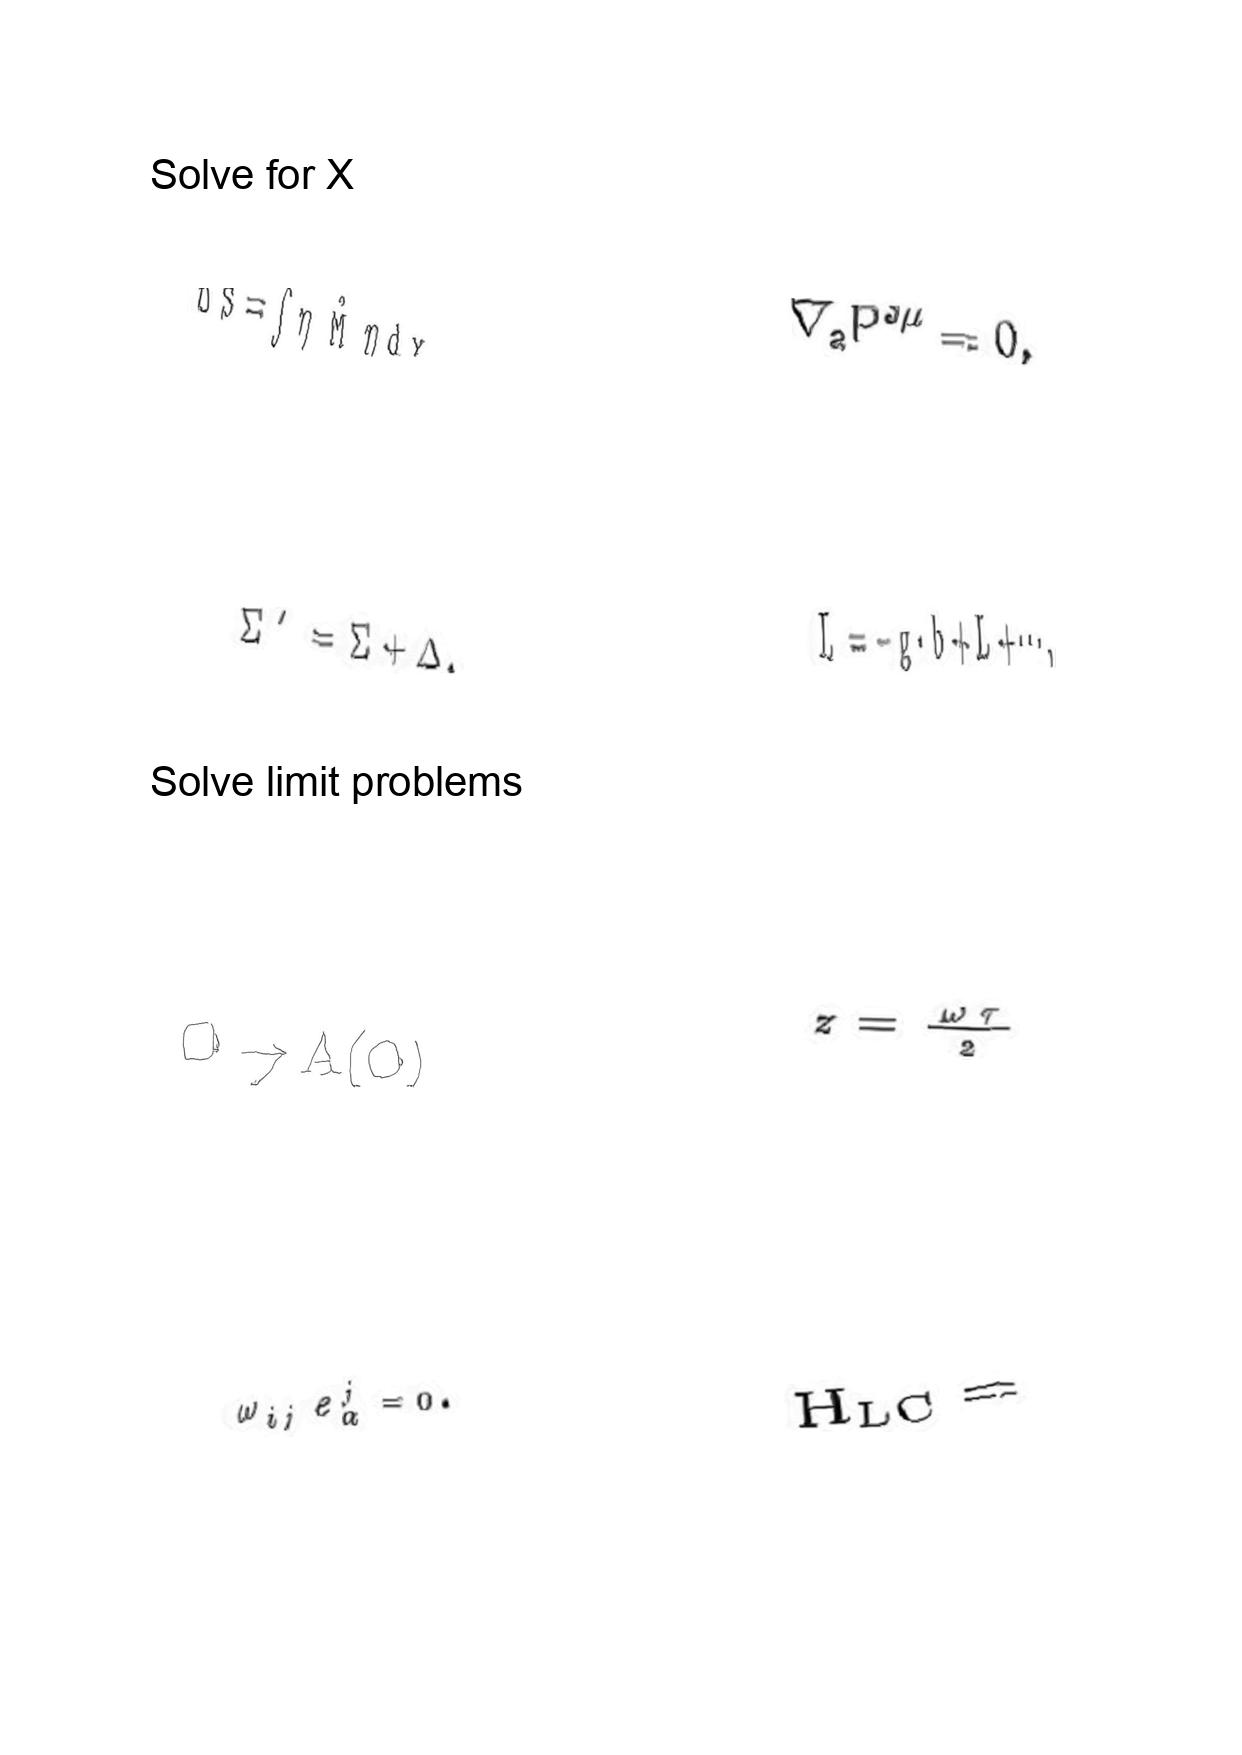
LaTeX transcription:
\Delta S = \int \eta \hat { M } \eta d x
\Sigma ^ { \prime } = \Sigma + \Delta ,
O \rightarrow A \lparen O \rparen
\omega _ { i j } e ^ { j } _ { \alpha } = 0 .
\nabla _ { a } P ^ { a \mu } = 0 ,
\bar { L } = - g \cdot b + L + \@cdots ,
z = \frac { \omega \tau } { 2 }
H _ { L C } =